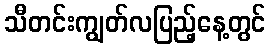
သီတင်းကျွတ်လပြည့်နေ့တွင်